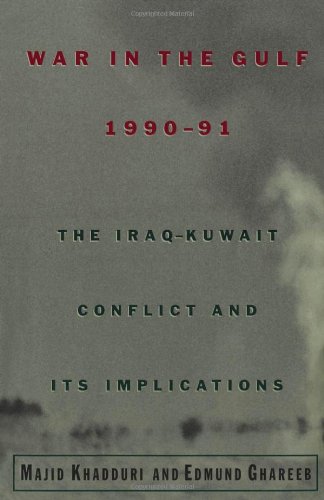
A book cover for War in the Gulf, 1990-91: The Iraq-Kuwait Conflict and Its Implications; Majid Khadduri; History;